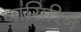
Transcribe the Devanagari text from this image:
नासिरिन